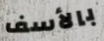
بالأسف